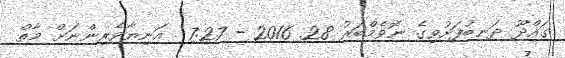
ގައްދޫ ދަނބުފަށުވިގެ ނޮވެމްބަރު 28